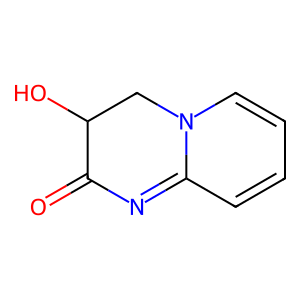
SMILES: O=C1N=C2C=CC=CN2CC1O
Inhibits HIV replication: No